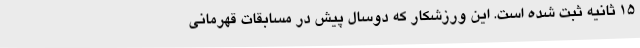
15 ثانیه ثبت شده است. این ورزشکار که دوسال پیش در مسابقات قهرمانی